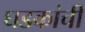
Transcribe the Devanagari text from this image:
घडकांची